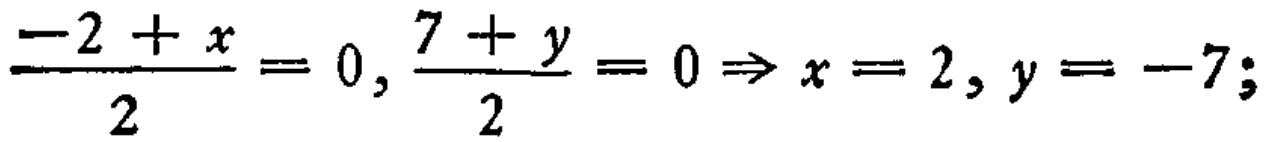
\(\frac{-2 + x}{2} = 0, \frac{7 + y}{2} = 0 \Rightarrow x = 2, y = -7;\)